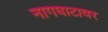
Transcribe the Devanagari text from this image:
नागघाटावर